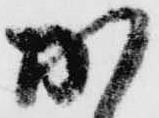
加